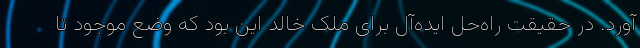
آورد. در حقیقت راه‌حل ایده‌آل برای ملک خالد این بود که وضع موجود تا